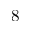
8